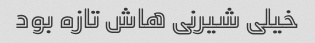
خیلی شیرنی هاش تازه بود